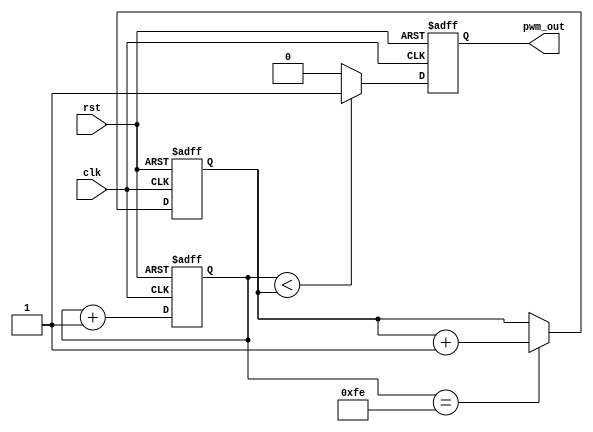
// Basic square wave generator with a variable duty cycle input
// Used for presentation but not on FPGA
// We adapted for square wave

module basic_pwm_generator #(
    parameter integer PWM_RESOLUTION = 8 // Use 8 bits for resolution
)(
    input wire clk,
    input wire rst,
    output reg pwm_out
);

    reg [PWM_RESOLUTION-1:0] duty_cycle;
    reg [PWM_RESOLUTION-1:0] counter;

    // PWM output logic
    always @(posedge clk or posedge rst) begin
        if (rst) begin
            counter <= 0;
            pwm_out <= 0;
        end else begin
            counter <= counter + 1'b1;

            if (counter < duty_cycle) begin
                pwm_out <= 1'b1;
            end else begin
                pwm_out <= 1'b0;
            end
        end
    end

    // Duty cycle update logic
    always @(posedge clk or posedge rst) begin
        if (rst) begin
            duty_cycle <= 0;
        end else if (counter == {PWM_RESOLUTION{1'b1}} - 1) begin
            // Update duty cycle when counter is about to roll over
            duty_cycle <= duty_cycle + 1'b1;
        end
    end

endmodule